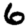
Digit: 6